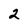
Character: 2